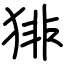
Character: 猅